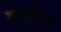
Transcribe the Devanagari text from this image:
कार्टनर